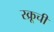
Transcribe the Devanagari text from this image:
स्क्रूची